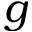
g